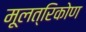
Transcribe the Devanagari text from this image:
मूलत्रिकोण